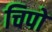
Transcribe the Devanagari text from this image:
चिपो